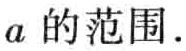
\(a\)的范围.